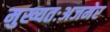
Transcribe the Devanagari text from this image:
मुख्यतःअजमेर